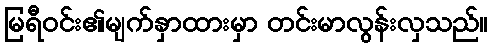
မြရီဝင်း၏မျက်နှာထားမှာ တင်းမာလွန်းလှသည်။